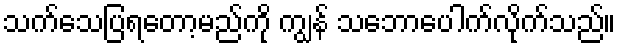
သက်သေပြရတော့မည်ကို ကျွန် သဘောပေါက်လိုက်သည်။